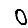
Digit: 0